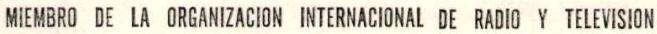
MIEMBRO DE LA ORGANIZACION INTERNACIONAL DE RADIO Y TELEVISION